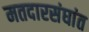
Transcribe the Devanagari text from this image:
मतदारसंघांत